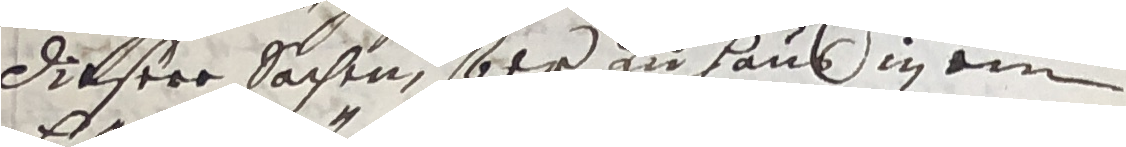
Dieseee sachen, so er zu hauß in ein